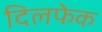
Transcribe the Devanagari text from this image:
दिलफेक